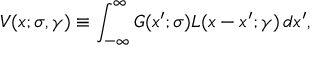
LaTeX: V ( x ; \sigma , \gamma ) \equiv \int _ { - \infty } ^ { \infty } G ( x ^ { \prime } ; \sigma ) L ( x - x ^ { \prime } ; \gamma ) \, d x ^ { \prime } ,